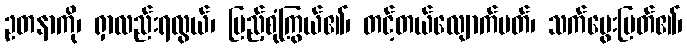
ဥတနာကို၊ ရှာလည်းရလွယ်၊ ပြည့်စုံကြွယ်၏၊ တင့်တယ်လျောက်ပတ်၊ သက်မွေးမြတ်၏၊